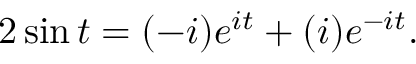
2 \sin t = ( - i ) e ^ { i t } + ( i ) e ^ { - i t } .